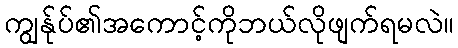
ကျွန်ုပ်၏အကောင့်ကိုဘယ်လိုဖျက်ရမလဲ။